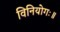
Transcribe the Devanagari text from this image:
विनियोगः॥